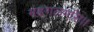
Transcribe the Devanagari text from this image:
मङ्गलमसि।।